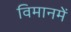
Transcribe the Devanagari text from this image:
विमानमें